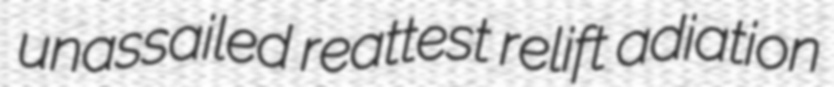
unassailed reattest relift adiation